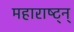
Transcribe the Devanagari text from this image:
महाराष्ट्न्